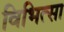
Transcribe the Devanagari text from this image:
विभित्सा